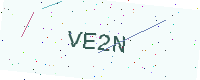
Text: VE2N